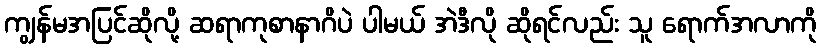
ကျွန်မအပြင်ဆိုလို့ ဆရာကုစာနာဂိပဲ ပါမယ် အဲဒီလို ဆိုရင်လည်း သူ ရောက်အလာကို